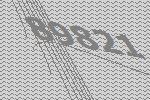
89821